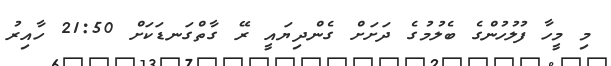
މި މީހާ ފުލުހުންގެ ބެލުމުގެ ދަށަށް ގެންދިޔައީ ރޭ ގާތްގަނޑަކަށް 21:50 ހާއިރު